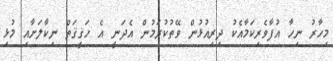
މިހާރު ނިހާ އުފާވެރިކަމާއެކު ދިރިއުޅުން ވޭތުކުރަމުން އެދަނީ އެ ހަޤީޤަތް ނިކާލަށާއި މުޅި